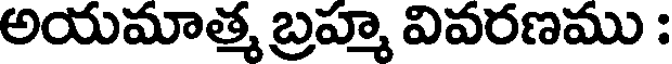
అయమాత్మ బ్రహ్మ వివరణము :